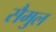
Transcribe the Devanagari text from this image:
सैमुल